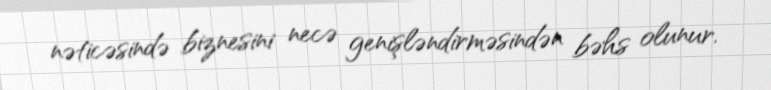
nəticəsində biznesini necə genişləndirməsindən bəhs olunur.